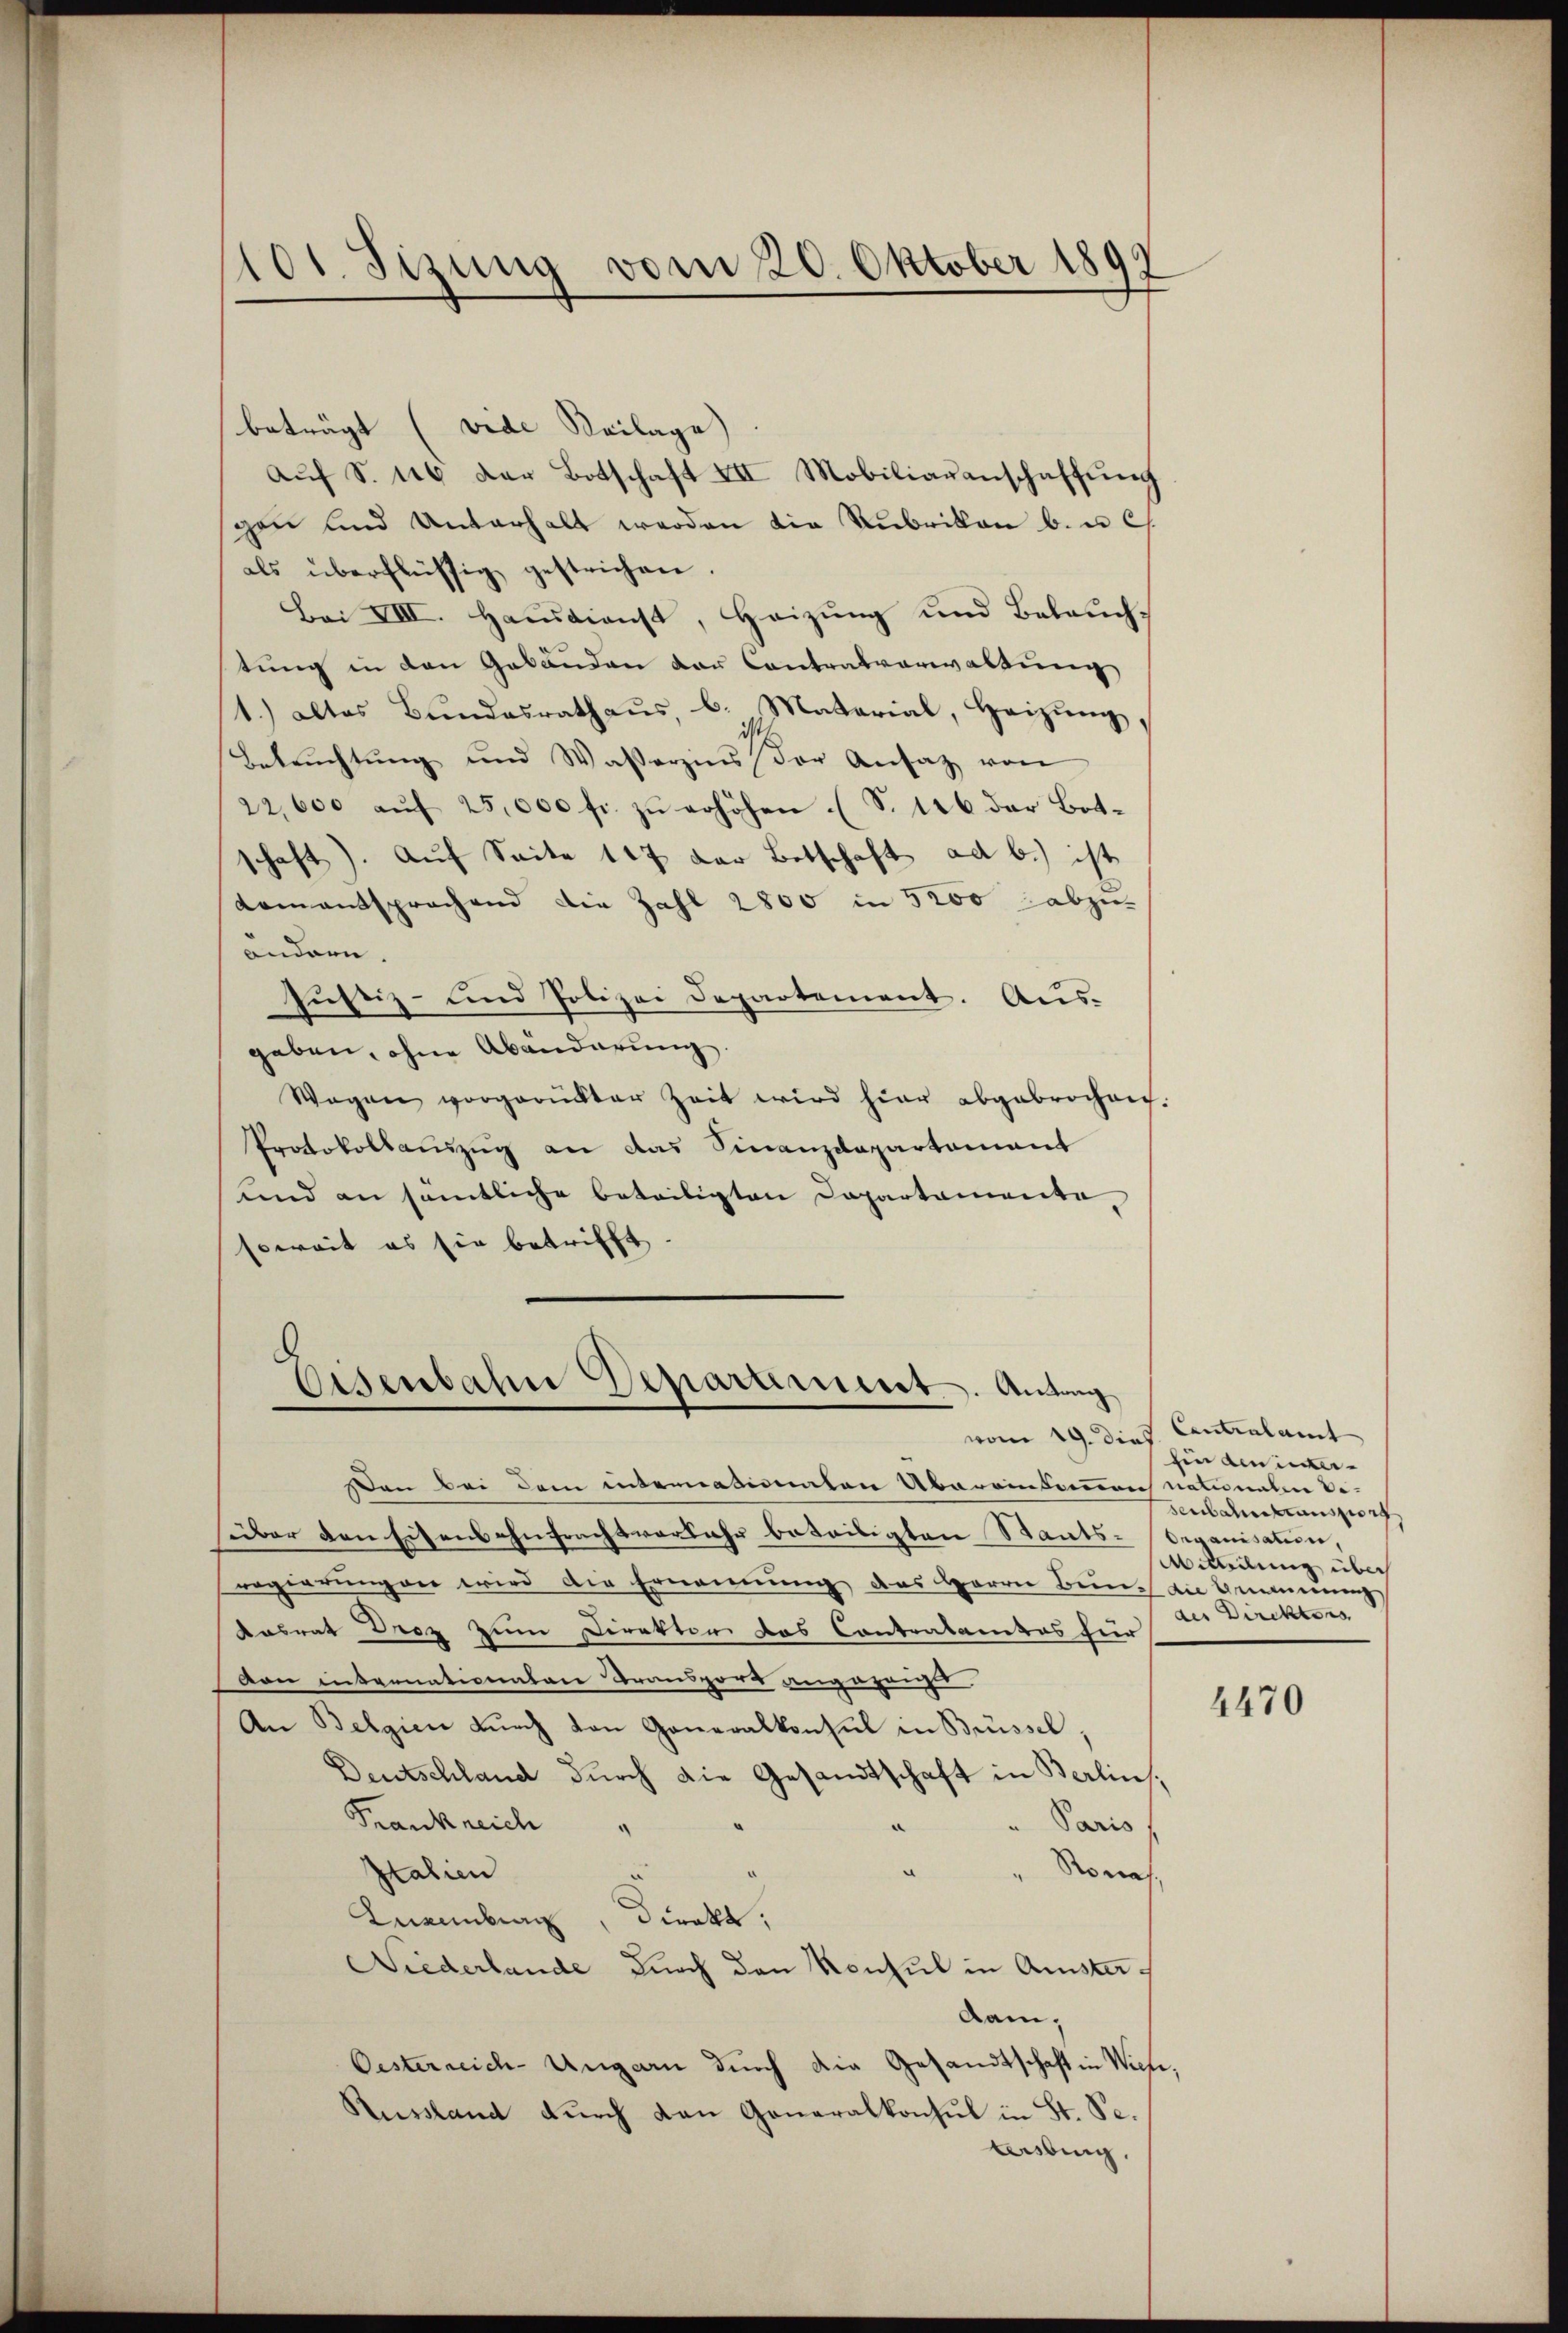
beträgt (vide Beilage)
aŭf S. 16 der Botschaft III Mobiliarenschaffŭng
gen und Unterhalt werden die Rubrikon b. u C.
als überflüssig gestrichen.
Bei VIII. Hausdienst, Heizung und Beleuchtung in den Gebäuden der Contralverwaltung
1.) altes Bundesrathaus, b. Material, Heizung,
i
Bebrŭchtŭng und Wasserzins der Ansatz von
22,600 aŭf 25,000 fr. zŭ erhöhen. (S. 146 der Bot-
schaft). Auf Seite 147 der Botschaft ad b.) ist
Lamentsprochend die Zahl 2800 in 5200 abzu-
andern,
Justiz- und Polizei Departement. Aus-
geben, ohne Abänderung.
Wagen vorgerüster Zeit wird hier abgebrochen.
Protokollauszug an das Finanzdepartement
und an sämtliche beteiligten Departamente,
soweit es sie betrifft
Eisenbahn Departement. Antrag
vom 19. dies
Den bei dem internationaten Übereinkommen nationalen Be-
über den Eisenbahnfrachtverkehr beteiligten Staats-Organisation,
regierungen wird die Ernennung des Herrn Bein an Gemeinung
Kasrat Droz zum Direktor das Contralamtes für
Dan internationaten Transport angeganget.
An Belgien dŭrch den Generalkonsul in Brüssel,
Deutschland durch die Gesandtschaft in Berlin,
Frankreich
Paris
Nonas
Italien
.
Direkt,
Lnainburg
Niederlande durch den Konsul in Amster
dam,
Oesterreich-Ungarn durch die Gesandtschaft in Wich
Russland durch den Generalkonsul in St. Se.
Asbing

101. Sizung vom 20. Oktober 1897
.

Contralamt
hin den untersenbahntransport
Aetheilung über
der Direktors

4470